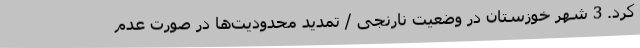
کرد. 3 شهر خوزستان در وضعیت نارنجی / تمدید محدودیت‌ها در صورت عدم